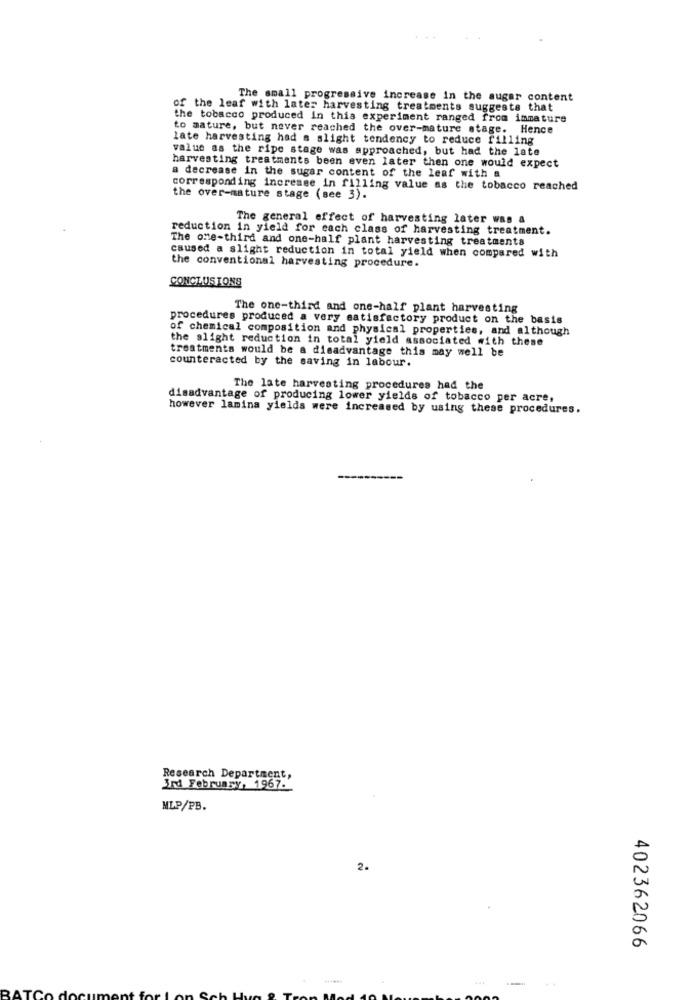
The small progressive increase in the sugar content
of the leaf with later harvesting treatments suggests that
the tobacco produced in this experiment ranged from immature
to mature, but never reached the over-mature stage. Hence
late harvesting had a slight tendency to reduce filling
value as the ripe stage was approached, but had the late
harvesting treatments been even later then one would expect
a decrease in the sugar content of the leaf with a
corresponding increase in filling value as the tobacco reached
the over-mature stage (see 3).
The general effect of harvesting later was a
reduction in yield for each class of harvesting treatment.
The one-third and one-half plant harvesting treatments
caused a slight reduction in total yield when compared with
the conventional harvesting procedure.
CONCLUSIONS
The one-third and one-half plant harvesting
procedures produced a very satisfactory product on the basis
of chemical composition and physical properties, and although
the slight reduction in total yield associated with these
treatments would be a disadvantage this may well be
counteracted by the saving in labour.
The late harvesting procedures had the
disadvantage of producing lower yields of tobacco per acre,
however lamina yields were increased by using these procedures.
Research Department,
3rd February, 1967-
MLP/PB.
2.
402362066